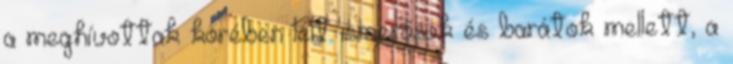
a meghívottak körében lelt ismerősök és barátok mellett, a